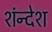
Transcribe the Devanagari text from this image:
शंन्देश